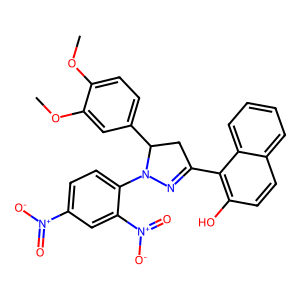
SMILES: COc1ccc(C2CC(c3c(O)ccc4ccccc34)=NN2c2ccc([N+](=O)[O-])cc2[N+](=O)[O-])cc1OC
Inhibits HIV replication: No